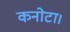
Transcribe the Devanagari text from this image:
कनोटा।